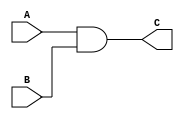
`timescale 1ns / 1ps
//////////////////////////////////////////////////////////////////////////////////
// Company: ITU
// 
// Design Name: 
// Module Name: and_gate
// Project Name: 
// Target Devices: 
// Tool Versions: 
// Description: 
// 
// Dependencies: 
// 
// Revision:
// Revision 0.01 - File Created
// Additional Comments:
// 
//////////////////////////////////////////////////////////////////////////////////


module and_gate(
    input [31:0] A,
    input [31:0] B,
    output [31:0] C
    );
    assign C = A & B;
endmodule